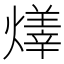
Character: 𤏽